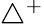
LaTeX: \triangle^{+}